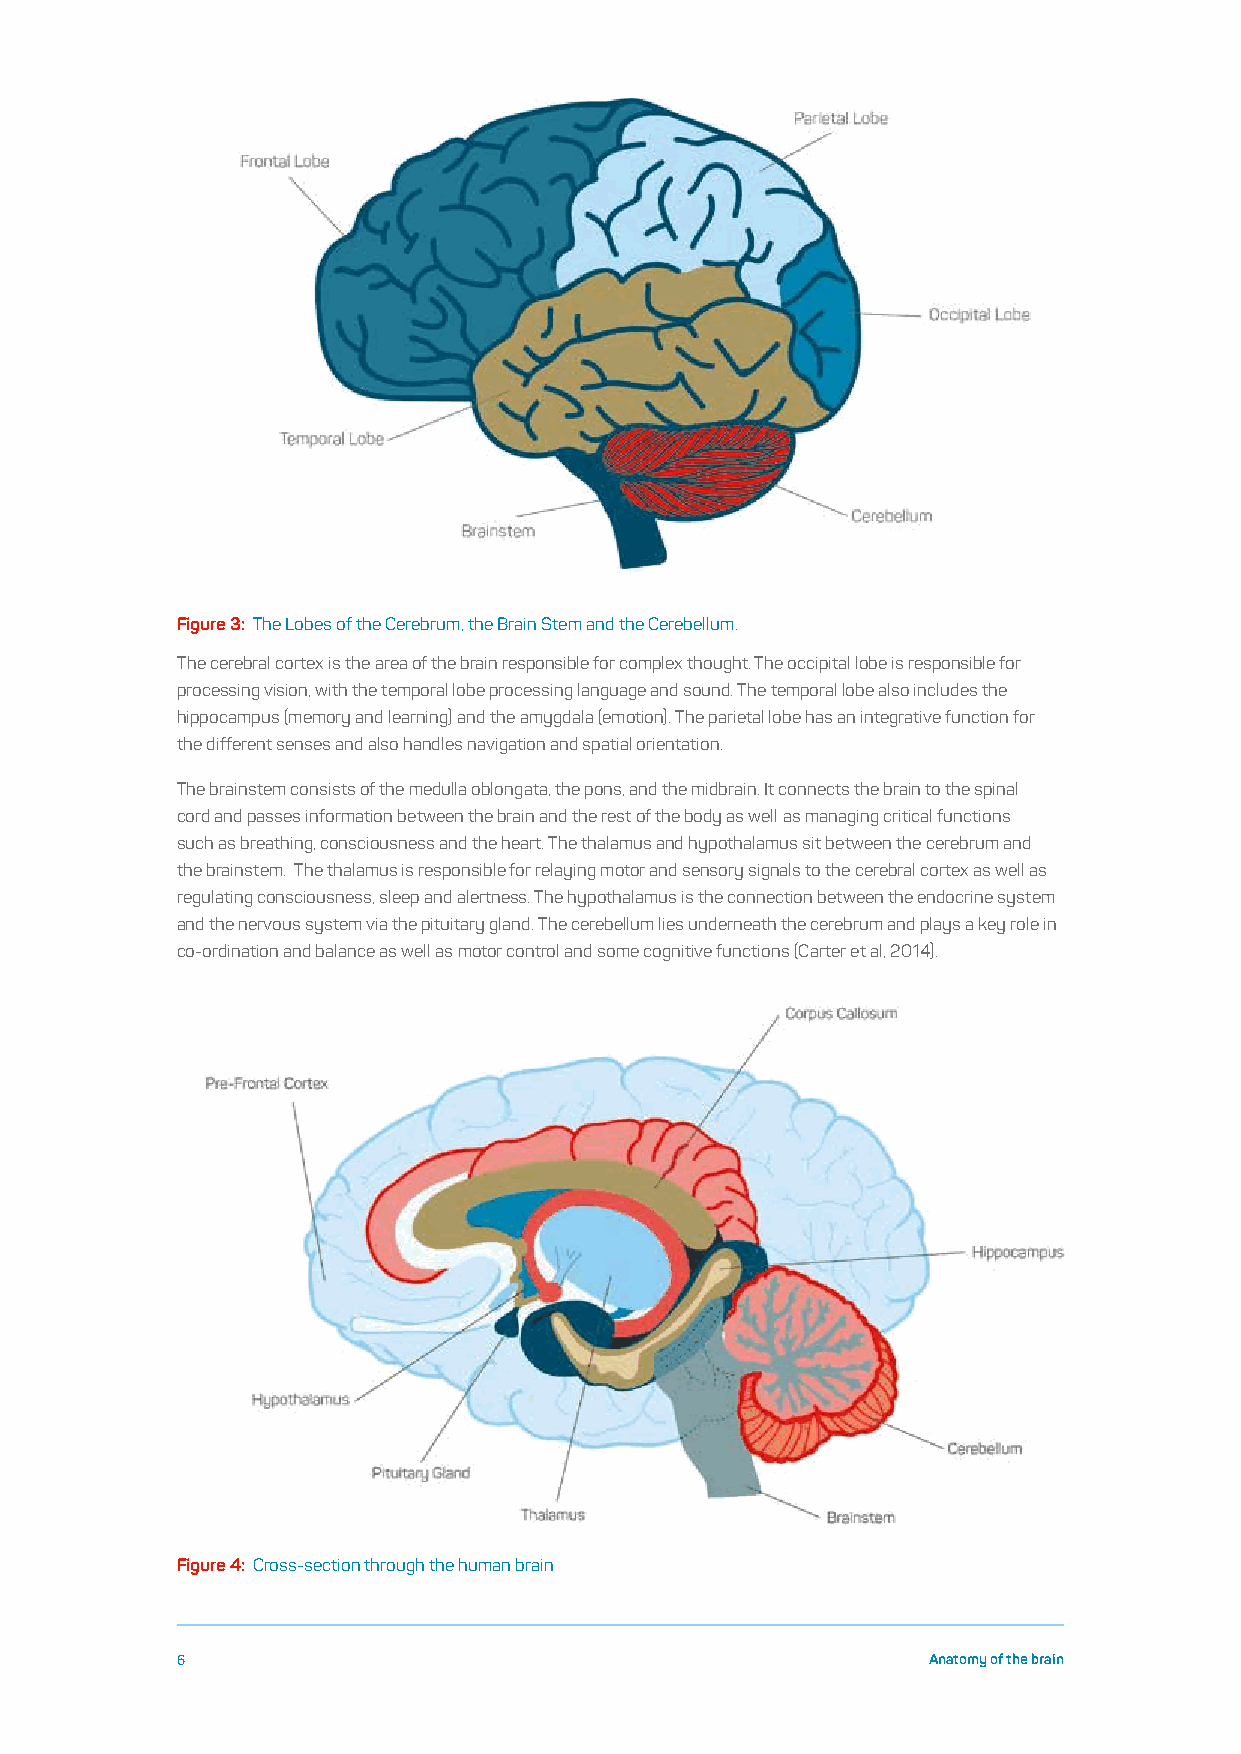
Figure 3: The Lobes of the Cerebrum, the Brain Stem and the Cerebellum.
 The cerebral cortex is the area of the brain responsible for complex thought. The occipital lobe is responsible for
 processing vision, with the temporal lobe processing language and sound. The temporal lobe also includes the
 hippocampus (memory and learning) and the amygdala (emotion). The parietal lobe has an integrative function for
 the different senses and also handles navigation and spatial orientation.
 The brainstem consists of the medulla oblongata, the pons, and the midbrain. It connects the brain to the spinal
 cord and passes information between the brain and the rest of the body as well as managing critical functions
 such as breathing, consciousness and the heart. The thalamus and hypothalamus sit between the cerebrum and
 the brainstem. The thalamus is responsible for relaying motor and sensory signals to the cerebral cortex as well as
 regulating consciousness, sleep and alertness. The hypothalamus is the connection between the endocrine system
 and the nervous system via the pituitary gland. The cerebellum lies underneath the cerebrum and plays a key role in
 co-ordination and balance as well as motor control and some cognitive functions (Carter et al, 2014).
 Figure 4: Cross-section through the human brain
 6                                                Anatomy of the brain